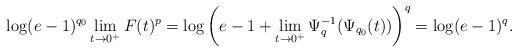
LaTeX: \begin{align*} \log(e-1)^{q_0}\lim_{t\rightarrow 0^+}F(t)^p=\log\bigg(e-1+\lim_{t\rightarrow 0^+}\Psi_q^{-1}(\Psi_{q_0}(t))\bigg)^q=\log(e-1)^q.\end{align*}